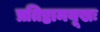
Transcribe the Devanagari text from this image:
प्रतिष्ठामयूखः